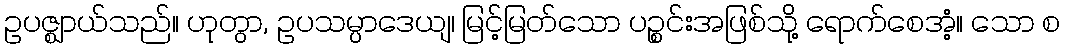
ဥပဇ္ဈာယ်သည်။ ဟုတွာ, ဥပသမ္ပာဒေယျ၊ မြင့်မြတ်သော ပဉ္စင်းအဖြစ်သို့ ရောက်စေအံ့။ သော စ